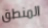
المنطق